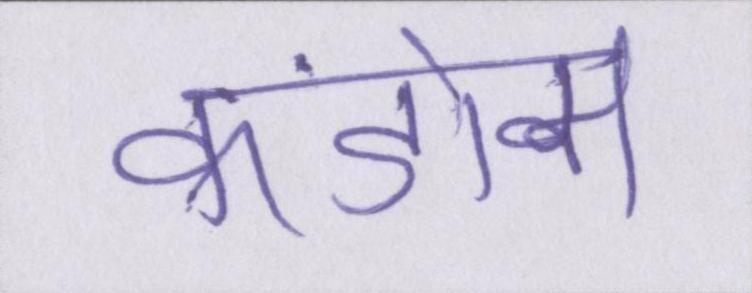
कंडोम